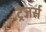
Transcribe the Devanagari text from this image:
ट्रेजर्स